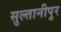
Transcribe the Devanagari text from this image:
सुल्तानीपुर